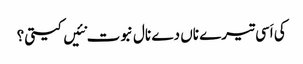
کی اَسی تیرے ناں دے نال نبوت نئیں کیتی؟